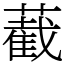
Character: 䕙